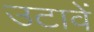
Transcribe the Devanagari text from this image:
उटावें